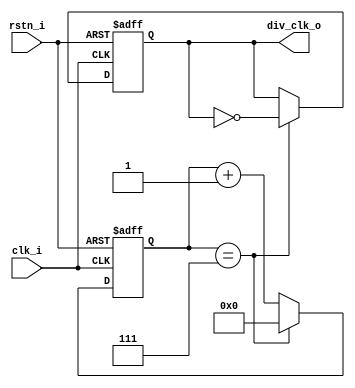
// fir

module freq_divider #(
    parameter DIV_RATIO = 8
) (
    input  wire clk_i    ,
    input  wire rstn_i   ,
    output reg  div_clk_o
);

reg[9:0] reg_cnt; // 

// 
always @(posedge clk_i or negedge rstn_i) begin
    if(~rstn_i) begin
        reg_cnt <= 'd0;
    end else begin
        if(reg_cnt == DIV_RATIO - 1) begin
            reg_cnt <= 'd0;
        end else begin
            reg_cnt <= reg_cnt + 1'b1;
        end
    end
end

always @(posedge clk_i or negedge rstn_i) begin
    if(~rstn_i) begin
        div_clk_o <= 'd0;
    end else begin
        if(reg_cnt == DIV_RATIO - 1) begin
            div_clk_o <= ~div_clk_o;
        end
    end
end

endmodule